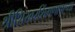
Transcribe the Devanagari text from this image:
श्रीशिखरशिंगणापूरच्या